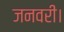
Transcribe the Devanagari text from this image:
जनवरी।